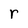
Character: r